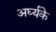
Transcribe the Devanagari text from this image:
अर्घ्यके